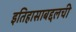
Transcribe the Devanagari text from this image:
इतिहासाबद्दलची